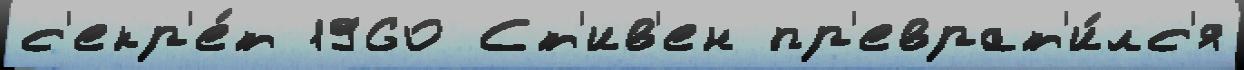
с'екр'е́т 1960 Ст'ив'ен пр'еврат'и́лс'я